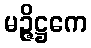
မဉ္ဇိဋ္ဌကေ